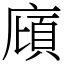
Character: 廎